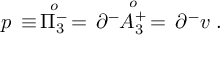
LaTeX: p \, \equiv \, \stackrel { o } { \Pi _ { 3 } ^ { - } } \, = \, \partial ^ { - } \! \! \stackrel { o } { A _ { 3 } ^ { + } } \, = \, \partial ^ { - } v \; .